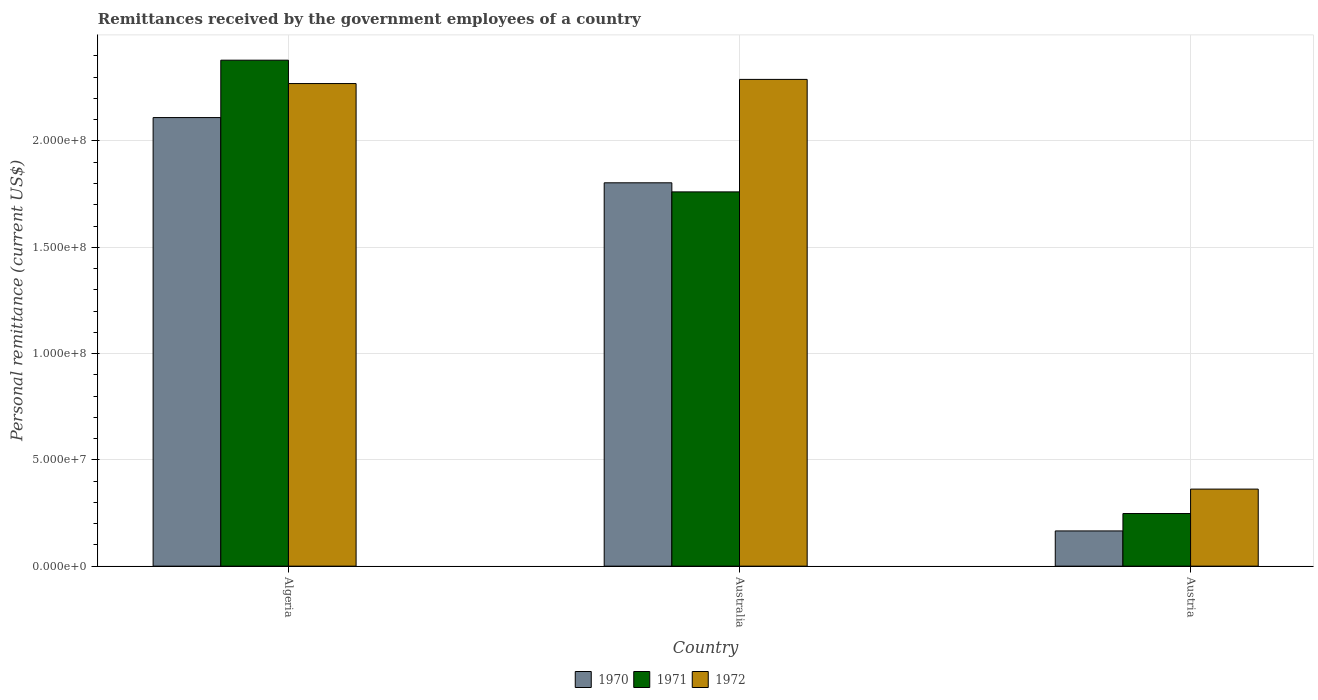
| Country | 1970 | 1971 | 1972 |
 | --- | --- | --- | --- |
 | Algeria | 2.11e+08 | 2.38e+08 | 2.27e+08 |
 | Australia | 1.8e+08 | 1.76e+08 | 2.29e+08 |
 | Austria | 1.66e+07 | 2.48e+07 | 3.62e+07 |